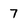
Character: 7